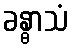
ခန္ဓာသံ